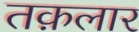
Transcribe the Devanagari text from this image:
तक़लार